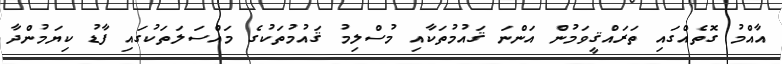
އާއްމު ގޮތެއްގައި ތަރައްޤީވަމުން އަންނަ ޤައުމުތަކާއި މުސްލިމު ޤައުމުތަކުގެ މައްސަލަތަކުގައި ފާޑު ކިޔަމުންދާ